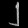
Digit: ၂